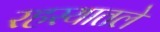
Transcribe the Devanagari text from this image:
रहस्यातले